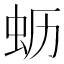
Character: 𱿚